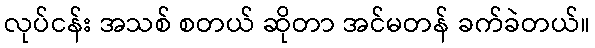
လုပ်ငန်း အသစ် စတယ် ဆိုတာ အင်မတန် ခက်ခဲတယ်။